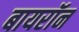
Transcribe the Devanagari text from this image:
बायरॉन